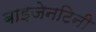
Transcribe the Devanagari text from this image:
बाइजेनटिनी